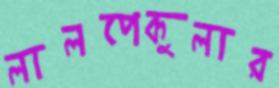
লালপেকুলার